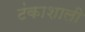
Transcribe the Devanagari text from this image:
टंकाशाली